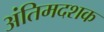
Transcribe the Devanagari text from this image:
अंतिमदशक